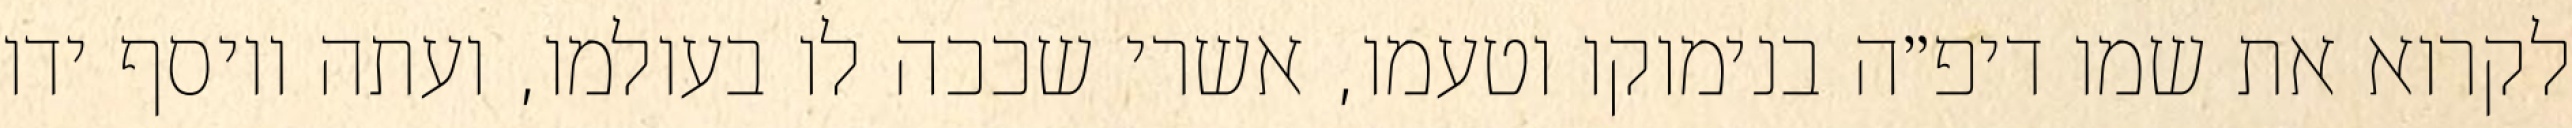
לקרוא את שמו דיפ״ה בנימוקו וטעמו, אשרי שככה לו בעולמו, ועתה ויוסף ידו